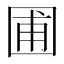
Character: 圃